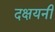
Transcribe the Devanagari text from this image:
दक्षयनी